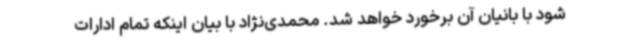
شود با بانیان آن برخورد خواهد شد. محمدی‌نژاد با بیان اینکه تمام ادارات